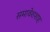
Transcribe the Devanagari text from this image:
समावेशशाह